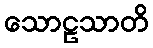
သောဠသာတိ